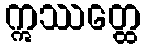
ဣဿတ္ထေ